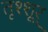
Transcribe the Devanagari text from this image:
तृश्शूर्